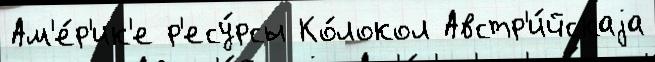
Ам'е́р'ик'е р'есу́рсы Ко́локол Австр'и́йскаjа